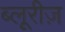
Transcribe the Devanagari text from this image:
ब्लूरीज़